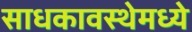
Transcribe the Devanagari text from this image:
साधकावस्थेमध्ये